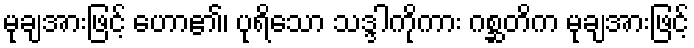
မုချအားဖြင့် ဟော၏၊ ပုရိသော သဒ္ဒါကိုကား ဂစ္ဆတိက မုချအားဖြင့်